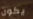
يكون